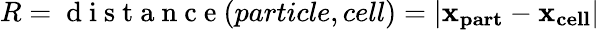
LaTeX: \textit{R}=\mathrm{~d~i~s~t~a~n~c~e~}(particle,cell)=|\mathbf{x_{part}}-\mathbf{x_{cell}}|